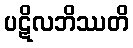
ပဋိလဘိဿတိ